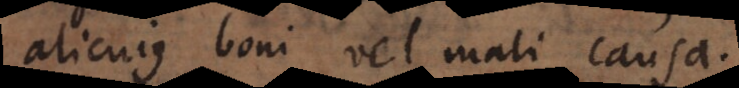
alicujus boni vel mali causa.